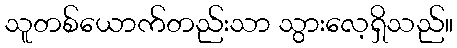
သူတစ်ယောက်တည်းသာ သွားလေ့ရှိသည်။